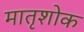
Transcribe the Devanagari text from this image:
मातृशोक